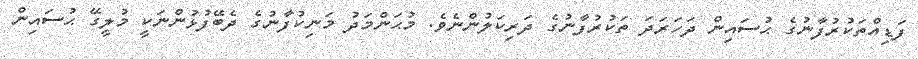
ފަޑިއްތަކުރުފާނުގެ ޙުސައިން ދަހަރަދަ ތަކުރުފާނުގެ ދަރިކަލުންނެވެ. މުޙަންމަދު މަނިކުފާނުގެ ދެބޭފުޅުންނަކީ މުލީގޭ ޙުސައިން